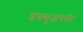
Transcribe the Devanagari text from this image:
डब्ल्यूआयपीए